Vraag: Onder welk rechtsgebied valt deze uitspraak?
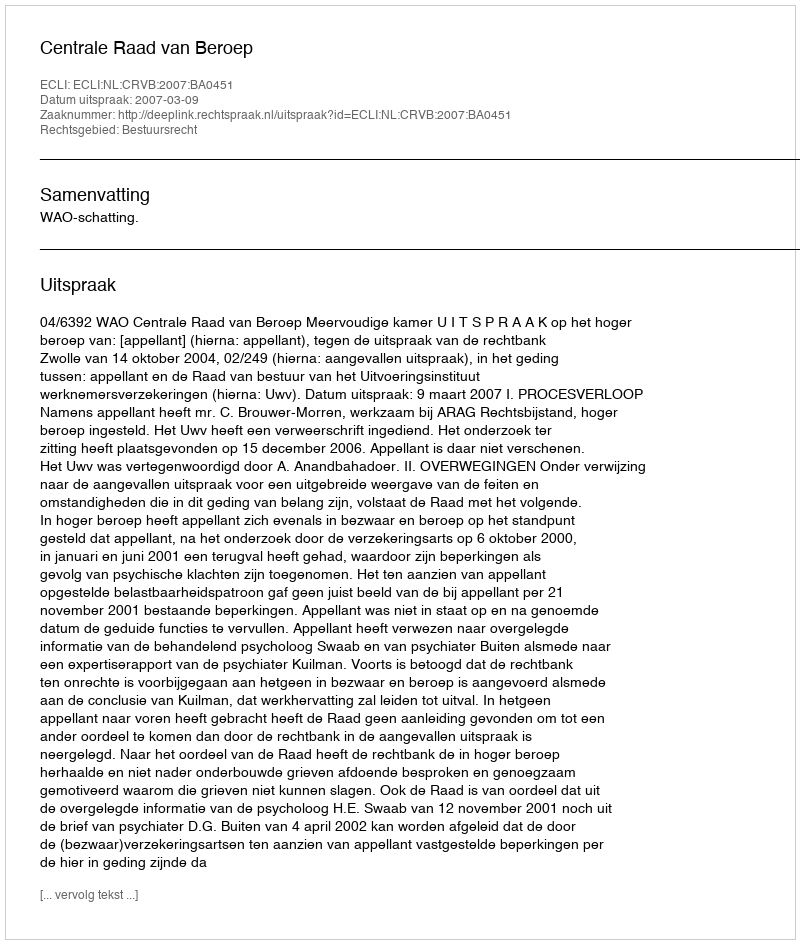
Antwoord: Bestuursrecht